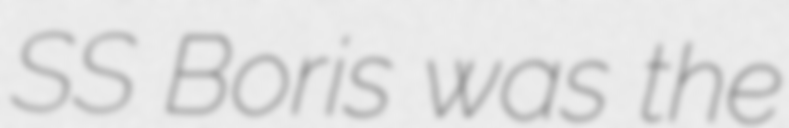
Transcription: SS Boris was the